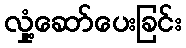
လှုံ့ဆော်ပေးခြင်း